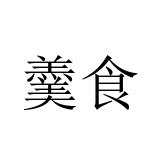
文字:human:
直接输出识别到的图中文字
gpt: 羹食